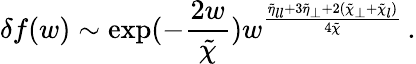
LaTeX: \delta f(w)\sim\exp(-\frac{2w}{\tilde{\chi}})w^{\frac{\tilde{\eta}_{ll}+3\tilde{\eta}_{\perp}+2(\tilde{\chi}_{\perp}+\tilde{\chi}_{l})}{4\tilde{\chi}}}\, .